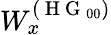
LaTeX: W_{x}^{(\mathrm{~H~G~}_{00})}